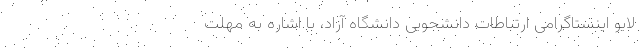
لایو اینستاگرامی ارتباطات دانشجویی دانشگاه آزاد، با اشاره به مهلت